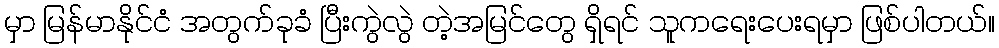
မှာ မြန်မာနိုင်ငံ အတွက်ခုခံ ပြီးကွဲလွဲ တဲ့အမြင်တွေ ရှိရင် သူကရေးပေးရမှာ ဖြစ်ပါတယ်။